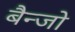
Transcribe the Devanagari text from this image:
बैन्जो